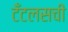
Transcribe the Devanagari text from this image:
टँटलसची